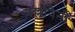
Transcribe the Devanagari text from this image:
पल्लविनी